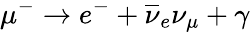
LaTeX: \mu^{-}\rightarrow e^{-}+\overline{{\nu}}_{e}\nu_{\mu}+\gamma